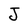
Character: J